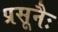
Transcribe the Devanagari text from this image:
प्रसूनैः